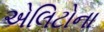
એલિટોના